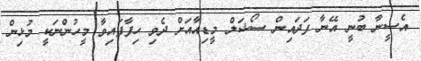
އެސީނާ ބުނީ އޭނާ ފަދައިން ސޯޝަލް މީޑިއާއަށް ދެވި ހިފާފައިވާ މީހުންނަކީ މުޅިން